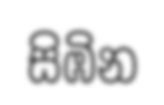
සිඹින